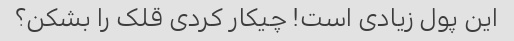
این پول زیادی است! چیکار کردی قلک را بشکن؟